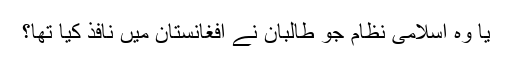
یا وہ اسلامی نظام جو طالبان نے افغانستان میں نافذ کیا تھا؟